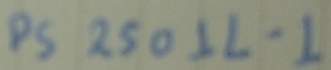
Text: NEC PS2501L